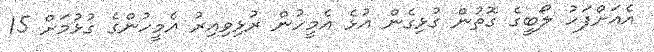
އެއަށްފަހު ލޯބީގެ ގޮތުން ގުޅިގެން އުޅެ އެމީހުން ރުޅިވިއިރު އެމީހުންގެ ގުޅުމަށް 15